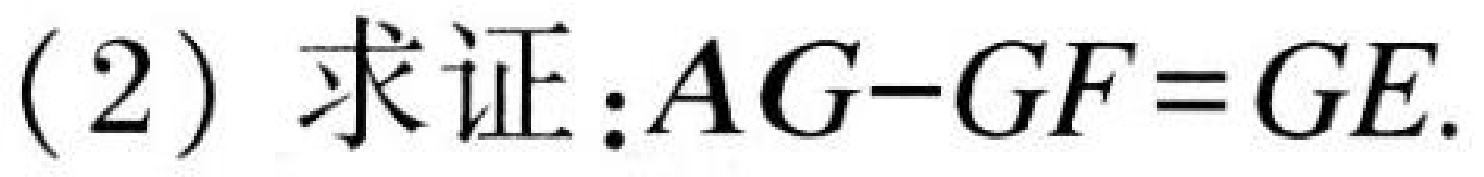
(2) 求证：\(AG - GF = GE\).